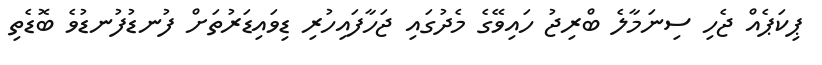
ޕިކަޕެއް ޖެހި ސިނަމާލެ ބްރިޖު ހައިވޭގެ މެދުގައި ޖަހާފައިހުރި ޑިވައިޑަރުތަށް ފުނޑުފުނޑުވެ ބޮޑެތި